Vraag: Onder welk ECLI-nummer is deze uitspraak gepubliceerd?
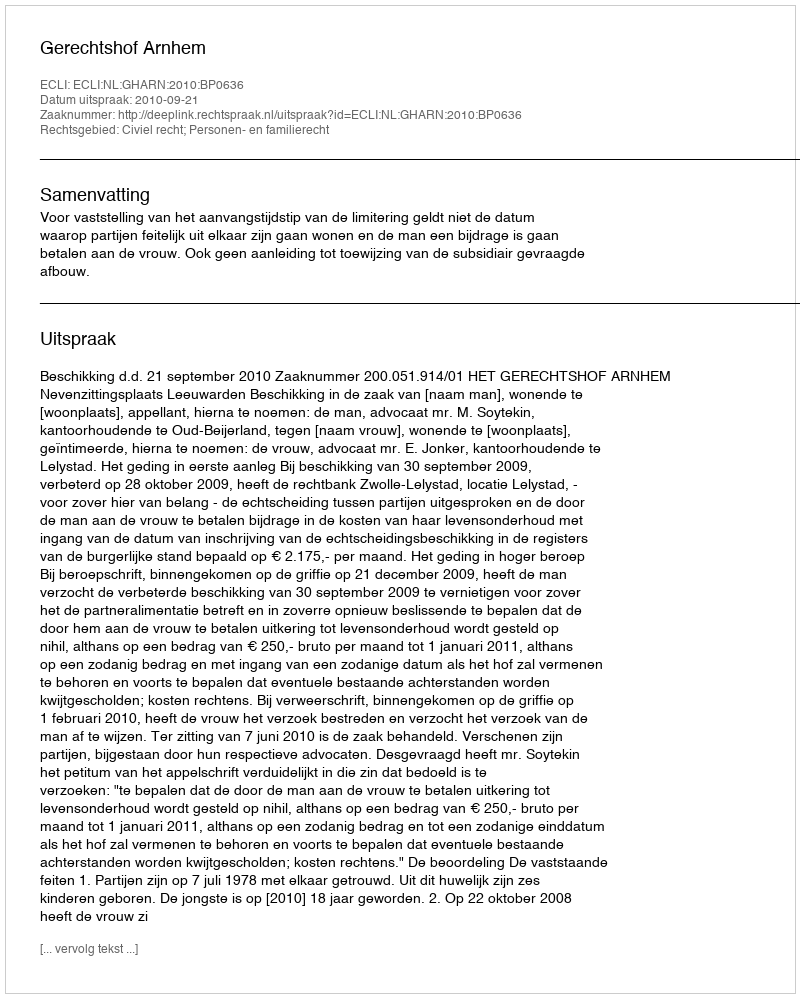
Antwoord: ECLI:NL:GHARN:2010:BP0636